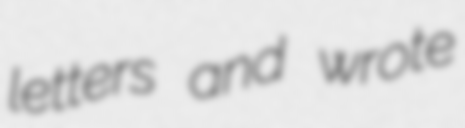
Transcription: letters and wrote